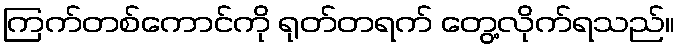
ကြက်တစ်ကောင်ကို ရုတ်တရက် တွေ့လိုက်ရသည်။